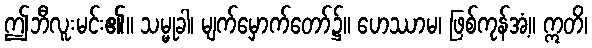
ဤဘီလူးမင်း၏။ သမ္မုခါ၊ မျက်မှောက်တော်၌။ ဟေဿာမ၊ ဖြစ်ကုန်အံ့။ ဣတိ၊